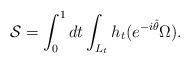
LaTeX: \begin{align*}\mathcal{S}= \int_0^1 dt \int_{L_t} h_t (e^{-i\hat{\theta}}\Omega) .\end{align*}